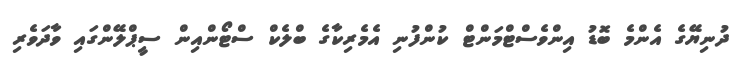
ދުނިޔޭގެ އެންމެ ބޮޑު އިންވެސްޓްމަންޓް ކުންފުނި އެމެރިކާގެ ބްލެކް ސްޓޯންއިން ސީޕްލޭންގައި ވާދަވެރި